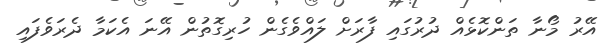
އޭރު މޯނާ ތަންކޮޅެއް ދުރުގައި ފާރަށް ލައްވެގެން ހުރިގޮތުން އޭނަ އެކަމާ ދެރަވެފައި